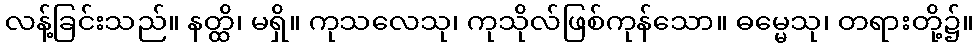
လန့်ခြင်းသည်။ နတ္ထိ၊ မရှိ။ ကုသလေသု၊ ကုသိုလ်ဖြစ်ကုန်သော။ ဓမ္မေသု၊ တရားတို့၌။